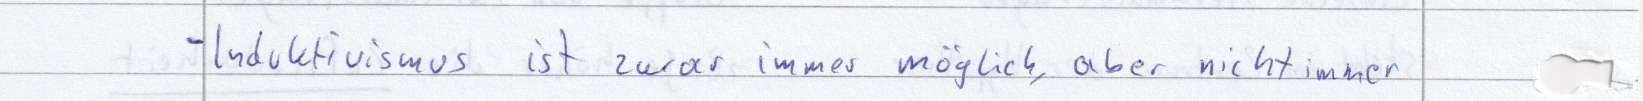
- Induktivismus ist zwar immer möglich, aber nicht immer